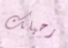
رحيلك